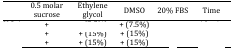
<table><thead><tr><td>[EMPTY_CELL]</td><td><b>0.5 molar sucrose</b></td><td><b>Ethylene glycol</b></td><td><b>DMSO</b></td><td><b>20% FBS</b></td><td><b>Time</b></td></tr></thead><tbody><tr><td>[EMPTY_CELL]</td><td>+</td><td>[EMPTY_CELL]</td><td>+ (7.5%)</td><td>[EMPTY_CELL]</td><td>[EMPTY_CELL]</td></tr><tr><td>[EMPTY_CELL]</td><td>+</td><td>+ (15%)</td><td>+ (15%)</td><td>[EMPTY_CELL]</td><td>[EMPTY_CELL]</td></tr><tr><td>[EMPTY_CELL]</td><td>+</td><td>+ (15%)</td><td>+ (15%)</td><td>[EMPTY_CELL]</td><td>[EMPTY_CELL]</td></tr></tbody></table>